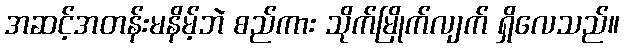
အဆင့်အတန်းမနိမ့်ဘဲ စည်ကား သိုက်မြိုက်လျက် ရှိလေသည်။